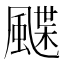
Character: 𩘏